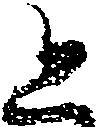
と